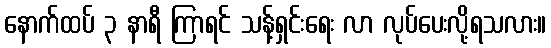
နောက်ထပ် ၃ နာရီ ကြာရင် သန့်ရှင်းရေး လာ လုပ်ပေးလို့ရသလား။